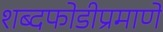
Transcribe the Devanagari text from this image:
शब्दफोडीप्रमाणे